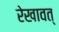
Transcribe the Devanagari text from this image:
रेखावत्‌